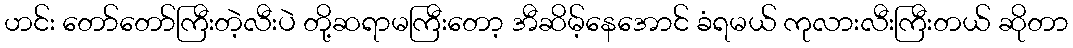
ဟင်း တော်တော်ကြီးတဲ့လီးပဲ တို့ဆရာမကြီးတော့ အီဆိမ့်နေအောင် ခံရမယ် ကုလားလီးကြီးတယ် ဆိုတာ